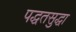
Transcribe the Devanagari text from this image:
पद्धतसुद्धा